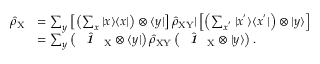
\begin{array} { r l } { \hat { \rho } _ { \mathrm { X } } } & { = \sum _ { y } \left[ \left( \sum _ { x } | x \rangle \langle x | \right) \otimes \langle y | \right] \hat { \rho } _ { \mathrm { X Y } } | \left[ \left( \sum _ { x ^ { ' } } | x ^ { ' } \rangle \langle x ^ { ' } | \right) \otimes | y \rangle \right] } \\ & { = \sum _ { y } \left( \hat { \textbf { \textit { 1 } } \, } _ { \! \mathrm { X } } \otimes \langle y | \right) \hat { \rho } _ { \mathrm { X Y } } \left( \hat { \textbf { \textit { 1 } } \, } _ { \! \mathrm { X } } \otimes | y \rangle \right) . } \end{array}